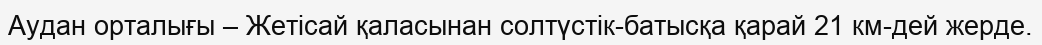
Аудан орталығы – Жетісай қаласынан солтүстік-батысқа қарай 21 км-дей жерде.